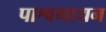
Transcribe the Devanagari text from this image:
पाश्वगायन